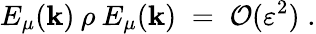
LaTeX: E_{\mu}(\mathbf{k})\: \rho\: E_{\mu}(\mathbf{k})\; =\; {\cal{O}}(\varepsilon^{2})\; .